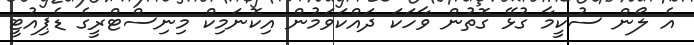
އެ ލޯން ސުކީމާ ގުޅޭ ގޮތުން ވާހަކަ ދައްކަވަމުން އިކޮނަމިކް މިނިސްޓްރީގެ ޑެޕިއުޓީ